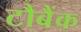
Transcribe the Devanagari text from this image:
टौबैंक